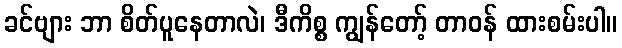
ခင်ဗျား ဘာ စိတ်ပူနေတာလဲ၊ ဒီကိစ္စ ကျွန်တော့် တာဝန် ထားစမ်းပါ။